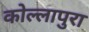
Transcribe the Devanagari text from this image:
कोल्लापुरा